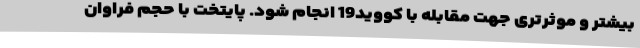
بیشتر و موثرتری جهت مقابله با کووید19 انجام شود. پایتخت با حجم فراوان